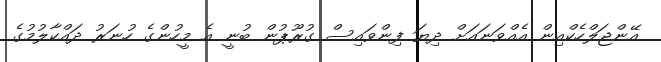
އޭންޖަލްހެކްއިން އެއްވަނައަށް ދިޔަ ފިންވައިސް ގުރޫޕުން ބުނީ އެ މީހުންގެ ހުނަރު ދައްކާލުމުގެ